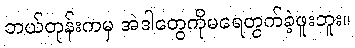
ဘယ်တုန်းကမှ အဲဒါတွေကိုမရေတွက်ခဲ့ဖူးဘူး။